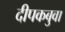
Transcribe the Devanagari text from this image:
दीपकबुवा